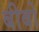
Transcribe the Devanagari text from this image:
बीबो